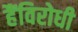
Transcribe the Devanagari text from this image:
हैंविरोधी